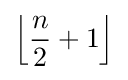
\left\lfloor {\frac {n}{2}}+1\right\rfloor